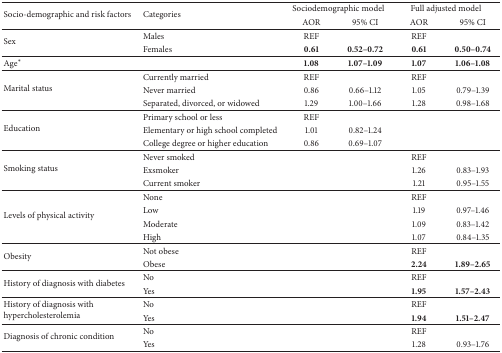
| <ROWSPAN=2> Socio-demographic and risk factors | <ROWSPAN=2> Categories | <COLSPAN=2> Sociodemographic model | <COLSPAN=2> Full adjusted model |
 | AOR | 95% CI | AOR | 95% CI |
 | --- | --- | --- | --- | --- | --- |
 | <ROWSPAN=2> Sex | Males | REF |  | REF |  |
 | Females | 0.61 | 0.52–0.72 | 0.61 | 0.50–0.74 |
 | Age∗ |  | 1.08 | 1.07–1.09 | 1.07 | 1.06–1.08 |
 | <ROWSPAN=3> Marital status | Currently married | REF |  | REF |  |
 | Never married | 0.86 | 0.66–1.12 | 1.05 | 0.79–1.39 |
 | Separated, divorced, or widowed | 1.29 | 1.00–1.66 | 1.28 | 0.98–1.68 |
 | <ROWSPAN=3> Education | Primary school or less | REF |  |  |  |
 | Elementary or high school completed | 1.01 | 0.82–1.24 |  |  |
 | College degree or higher education | 0.86 | 0.69–1.07 |  |  |
 | <ROWSPAN=3> Smoking status | Never smoked |  |  | REF |  |
 | Exsmoker |  |  | 1.26 | 0.83–1.93 |
 | Current smoker |  |  | 1.21 | 0.95–1.55 |
 | <ROWSPAN=4> Levels of physical activity | None |  |  | REF |  |
 | Low |  |  | 1.19 | 0.97–1.46 |
 | Moderate |  |  | 1.09 | 0.83–1.42 |
 | High |  |  | 1.07 | 0.84–1.35 |
 | <ROWSPAN=2> Obesity | Not obese |  |  | REF |  |
 | Obese |  |  | 2.24 | 1.89–2.65 |
 | <ROWSPAN=2> History of diagnosis with diabetes | No |  |  | REF |  |
 | Yes |  |  | 1.95 | 1.57–2.43 |
 | <ROWSPAN=2> History of diagnosis with hypercholesterolemia | No |  |  | REF |  |
 | Yes |  |  | 1.94 | 1.51–2.47 |
 | <ROWSPAN=2> Diagnosis of chronic condition | No |  |  | REF |  |
 | Yes |  |  | 1.28 | 0.93–1.76 |